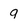
Character: q